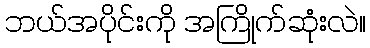
ဘယ်အပိုင်းကို အကြိုက်ဆုံးလဲ။